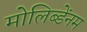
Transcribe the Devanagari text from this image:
मोलिब्डेंनम